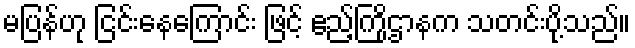
မပြန်ဟု ငြင်းနေကြောင်း ဖြင့် ဧည့်ကြိုဌာနက သတင်းပို့သည်။